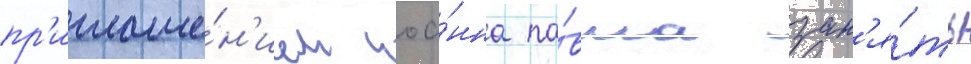
пр'иглаше́н'ием иоа́нна па́вла зан'я́ть